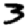
Digit: 3